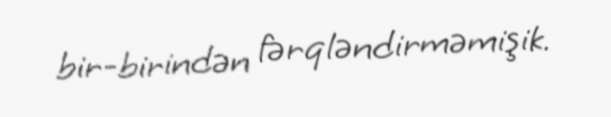
bir-birindən fərqləndirməmişik.